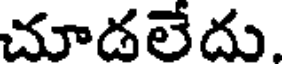
చూడలేదు.